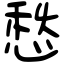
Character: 愁